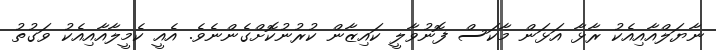
ނާޔަލްއާއިއެކު ރާޅާ އަޅަން މާކަސް ފޮނުވާލީ ކައިޒާން ކުރުނުކޮށްގެންނެވެ. އެއީ ކެމީލާއާއިއެކު ވަގުތު